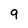
Character: 9